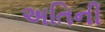
અતિની